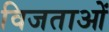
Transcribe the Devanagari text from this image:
विजताओं